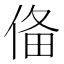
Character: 俻